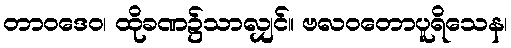
တာဝဒေဝ၊ ထိုခဏ၌သာလျှင်။ ဗလဝတောပူရိသေန၊